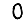
Digit: 0